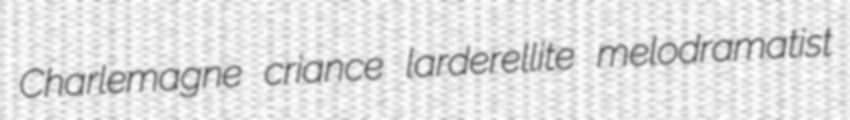
Charlemagne criance larderellite melodramatist